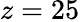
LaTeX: z=25